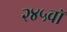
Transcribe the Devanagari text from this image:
२४५वॉ